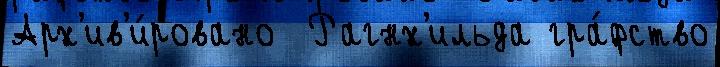
Арх'ив'и́ровано  Рагнх'ильда гра́фство